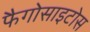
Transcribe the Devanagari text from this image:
फैगोसाइटोस